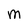
Character: M